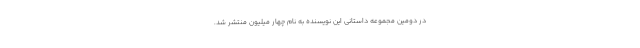
در دومین مجموعه داستانی این نویسنده به نام چهار میلیون منتشر شد.